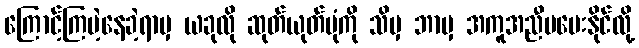
ကြောင့်ကြမဲ့နေခဲ့ရာမှ ယခုလို ဆုတ်ယုတ်ပုံကို သိမှ ဘာမှ အကူအညီမပေးနိုင်လို့